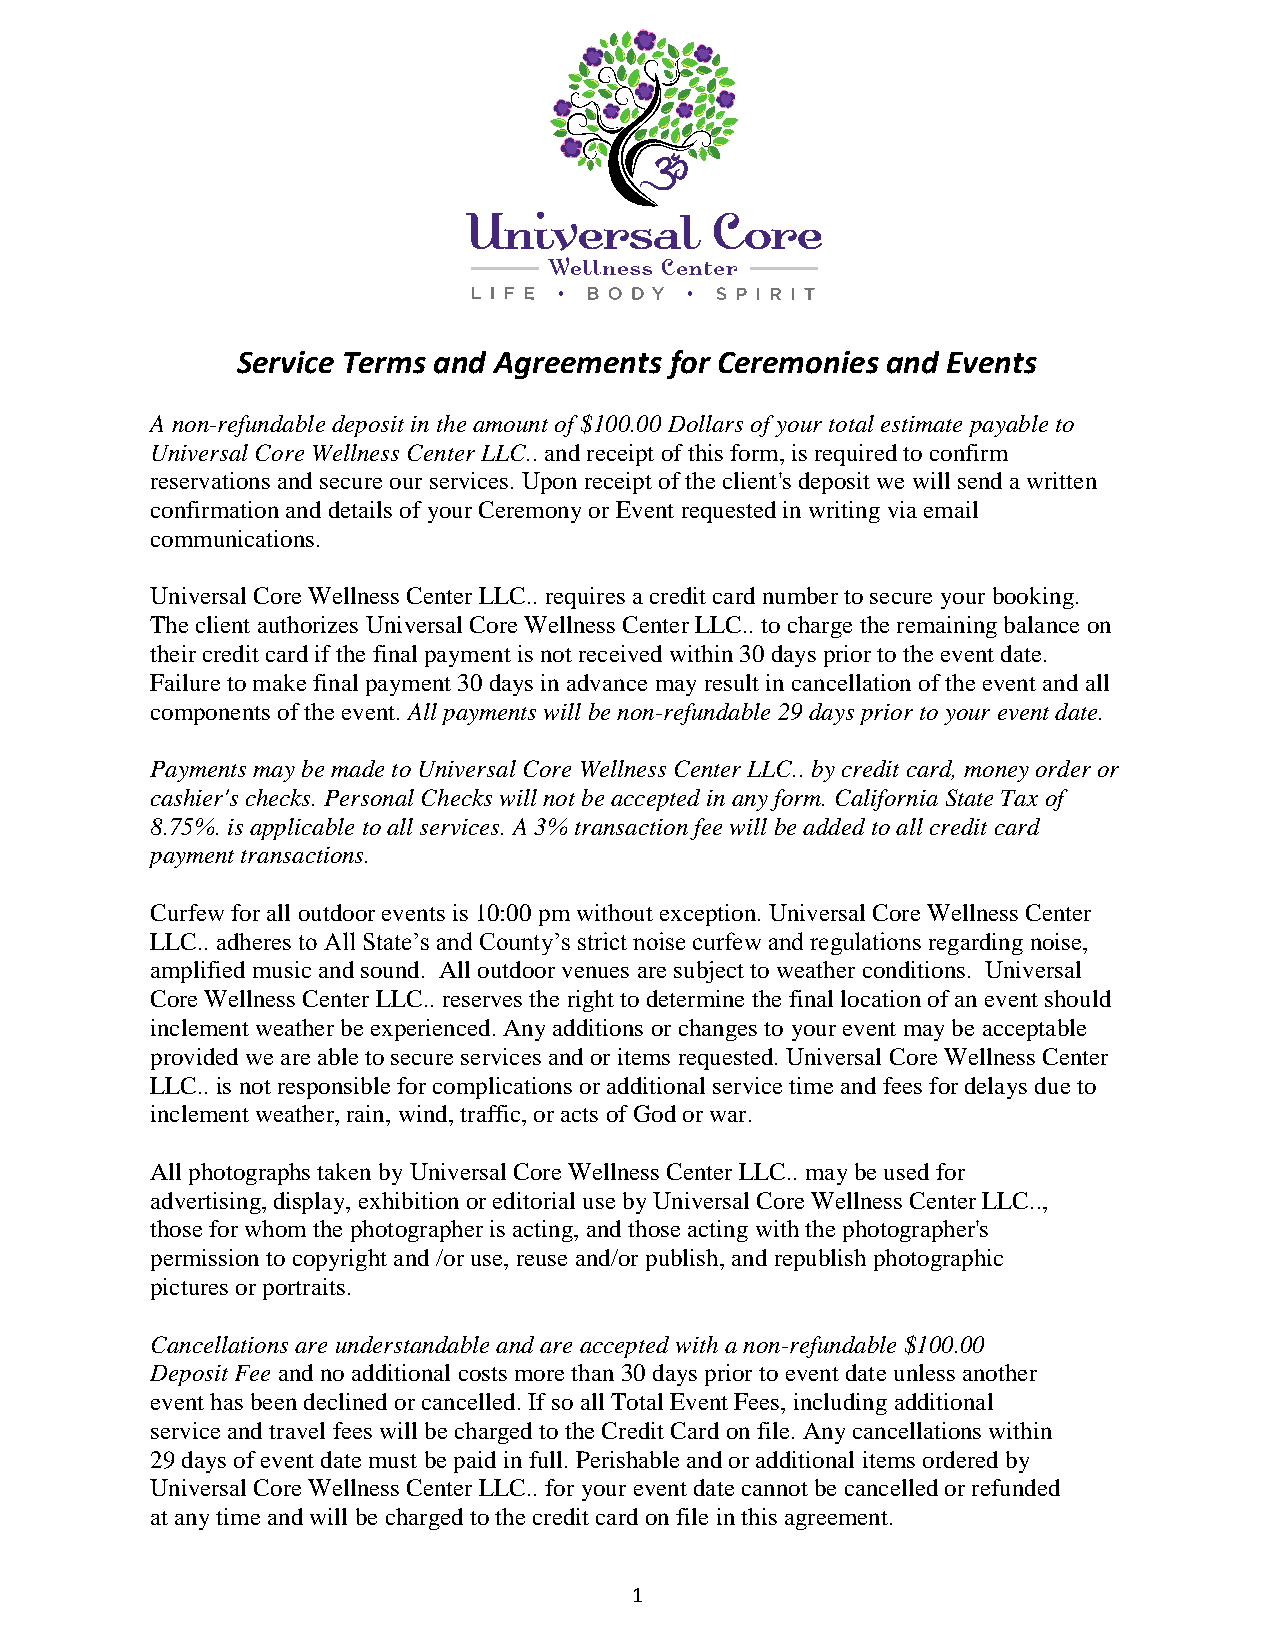
Service Terms and Agreements for Ceremonies and Events
 A non-refundable deposit in the amount of $100.00 Dollars of your total estimate payable to
 Universal Core Wellness Center LLC.. and receipt of this form, is required to confirm
 reservations and secure our services. Upon receipt of the client's deposit we will send a written
 confirmation and details of your Ceremony or Event requested in writing via email
 communications.
 Universal Core Wellness Center LLC.. requires a credit card number to secure your booking.
 The client authorizes Universal Core Wellness Center LLC.. to charge the remaining balance on
 their credit card if the final payment is not received within 30 days prior to the event date.
 Failure to make final payment 30 days in advance may result in cancellation of the event and all
 components of the event. All payments will be non-refundable 29 days prior to your event date.
 Payments may be made to Universal Core Wellness Center LLC.. by credit card, money order or
 cashier's checks. Personal Checks will not be accepted in any form. California State Tax of
 8.75%. is applicable to all services. A 3% transaction fee will be added to all credit card
 payment transactions.
 Curfew for all outdoor events is 10:00 pm without exception. Universal Core Wellness Center
 LLC.. adheres to All State’s and County’s strict noise curfew and regulations regarding noise,
 amplified music and sound. All outdoor venues are subject to weather conditions. Universal
 Core Wellness Center LLC.. reserves the right to determine the final location of an event should
 inclement weather be experienced. Any additions or changes to your event may be acceptable
 provided we are able to secure services and or items requested. Universal Core Wellness Center
 LLC.. is not responsible for complications or additional service time and fees for delays due to
 inclement weather, rain, wind, traffic, or acts of God or war.
 All photographs taken by Universal Core Wellness Center LLC.. may be used for
 advertising, display, exhibition or editorial use by Universal Core Wellness Center LLC..,
 those for whom the photographer is acting, and those acting with the photographer's
 permission to copyright and /or use, reuse and/or publish, and republish photographic
 pictures or portraits.
 Cancellations are understandable and are accepted with a non-refundable $100.00
 Deposit Fee and no additional costs more than 30 days prior to event date unless another
 event has been declined or cancelled. If so all Total Event Fees, including additional
 service and travel fees will be charged to the Credit Card on file. Any cancellations within
 29 days of event date must be paid in full. Perishable and or additional items ordered by
 Universal Core Wellness Center LLC.. for your event date cannot be cancelled or refunded
 at any time and will be charged to the credit card on file in this agreement.
 1